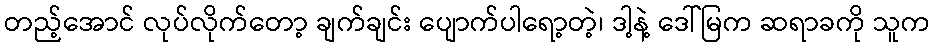
တည့်အောင် လုပ်လိုက်တော့ ချက်ချင်း ပျောက်ပါရော့တဲ့၊ ဒါ့နဲ့ ဒေါ်မြက ဆရာခကို သူက